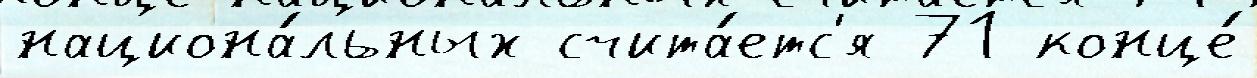
национа́льных счита́етс'я 71 конце́